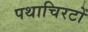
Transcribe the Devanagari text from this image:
पथाचिरटों